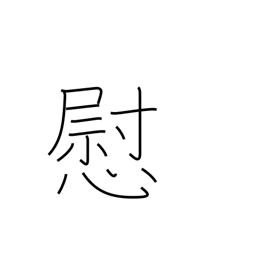
Meaning: consolation